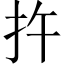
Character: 𪭟